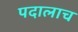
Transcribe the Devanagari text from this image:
पदालाच